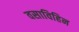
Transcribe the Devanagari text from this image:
वसाविहिन